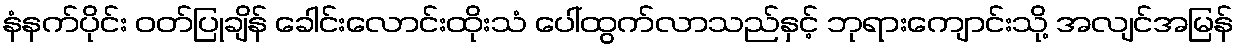
နံနက်ပိုင်း ဝတ်ပြုချိန် ခေါင်းလောင်းထိုးသံ ပေါ်ထွက်လာသည်နှင့် ဘုရားကျောင်းသို့ အလျင်အမြန်